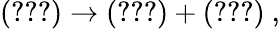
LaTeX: (\ref{zerof})\rightarrow(\ref{zerof})+(\ref{szerof})~,